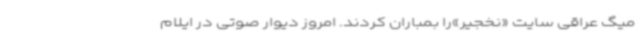
میگ عراقی سایت «نخجیر»را بمباران کردند. امروز دیوار صوتی در ایلام